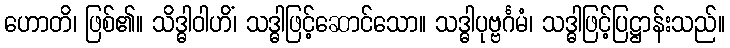
ဟောတိ၊ ဖြစ်၏။ သိဒ္ဓါဝါဟိံ၊ သဒ္ဓါဖြင့်ဆောင်သော။ သဒ္ဓါပုဗ္ဗင်္ဂမံ၊ သဒ္ဓါဖြင့်ပြဋ္ဌာန်းသည်။